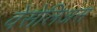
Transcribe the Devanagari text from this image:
वेसेलिअस